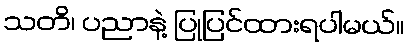
သတိ၊ ပညာနဲ့ ပြုပြင်ထားရပါမယ်။